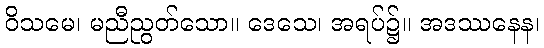
ဝိသမေ၊ မညီညွတ်သော။ ဒေသေ၊ အရပ်၌။ အဒဿနေန၊